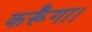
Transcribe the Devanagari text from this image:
कर्रूँगा।